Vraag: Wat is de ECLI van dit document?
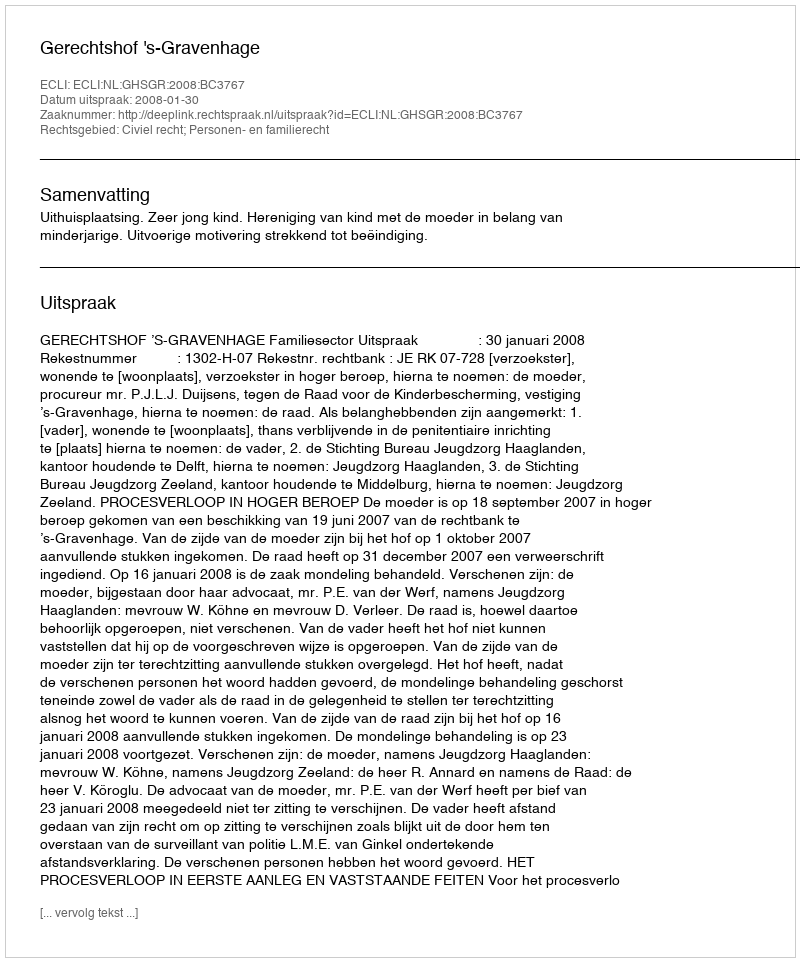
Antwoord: ECLI:NL:GHSGR:2008:BC3767